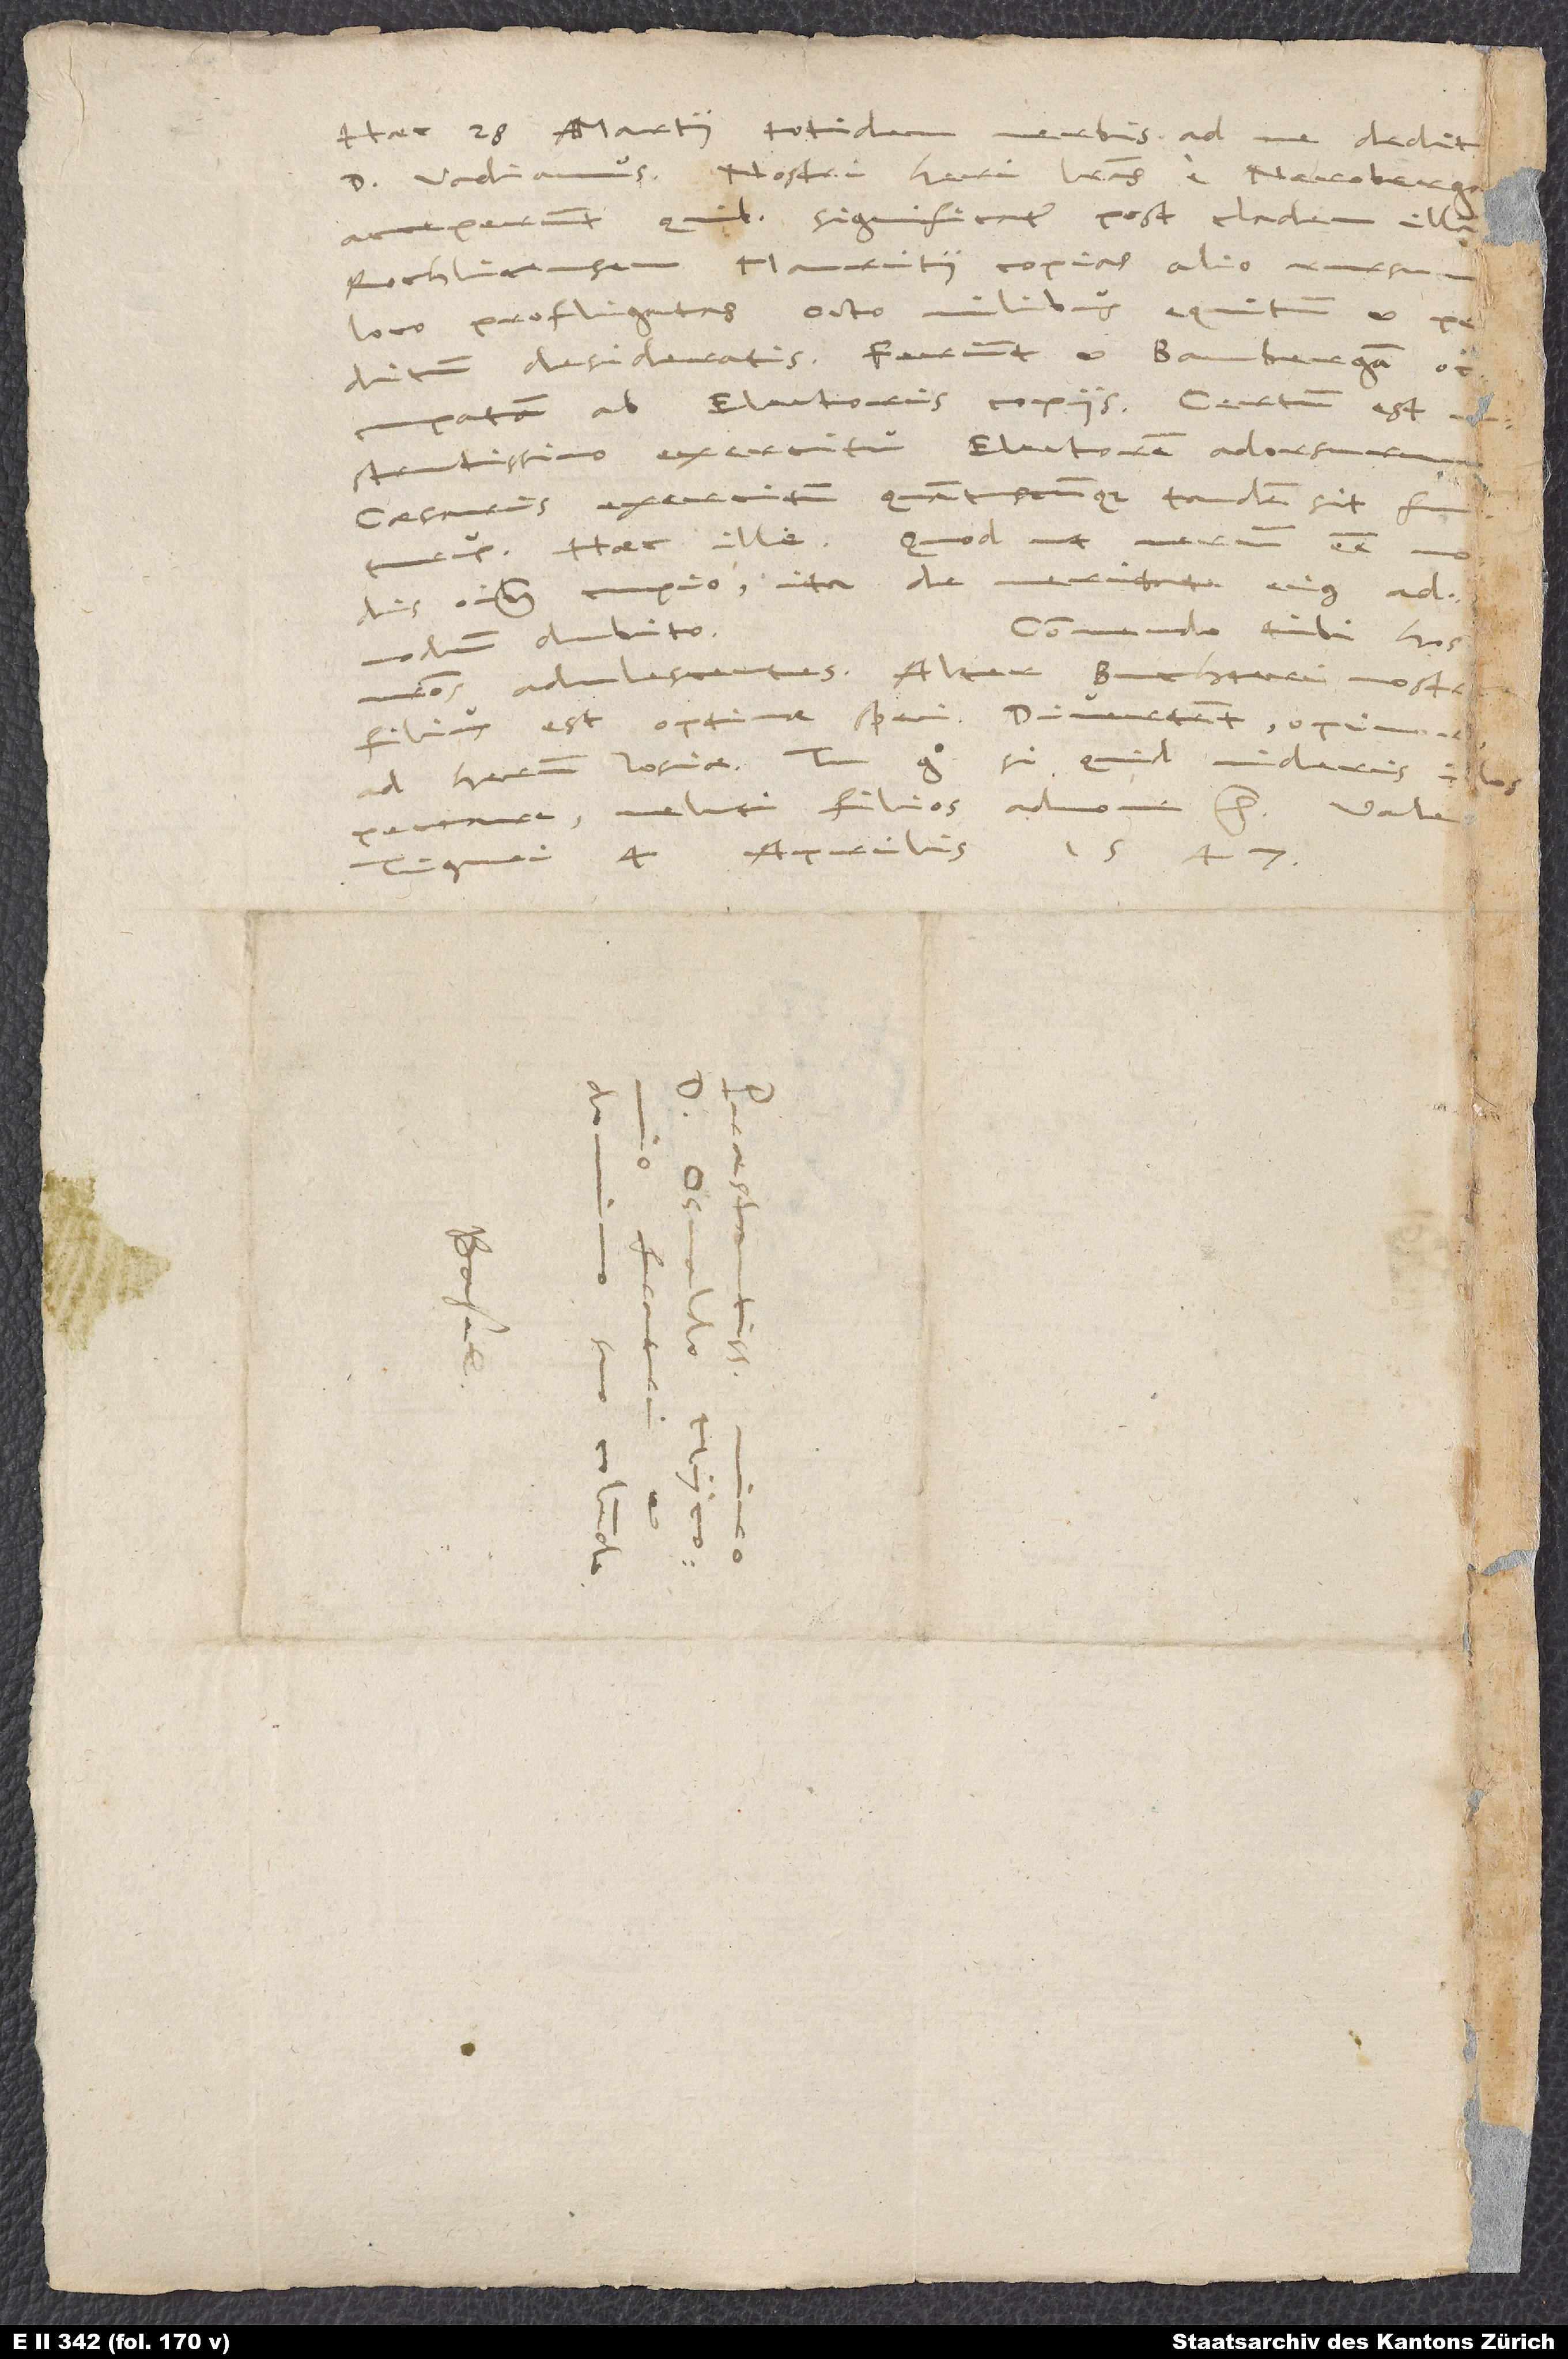
Haec 28. martii totidem verbis ad me dedit
d. Vadianus: „Nostri heri literas e Neroberga
acceperunt, quibus significatur post cladem illam
Rochlicensem Mauritii copias alio rursum
loco profligatas octo milibus equitum et peditum
desideratis. Ferunt et Bambergam occupatam
ab electoris copiis. Certum est
structissimo exercitu electorem adorsurum
caesaris exercitum, quantuscunque tandem sit futurus.“
Haec ille. Quod, ut verum
omnibus cupio, ita de veritate eius
Commendo tibi hos
admodum dubito!
nostros adulescentes. Alter Buchteri nostr
peccare, veluti filios admone, etc.
Tiguri, 4. aprilis 1547.